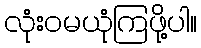
လုံးဝမယုံကြဖို့ပါ။